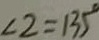
\angle 2 = 1 3 5 ^ { \circ }